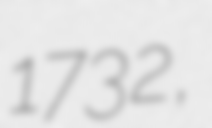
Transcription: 1732,